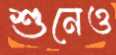
শুনেও